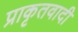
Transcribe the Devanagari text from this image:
प्राकृतवादी